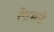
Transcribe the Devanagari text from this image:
रेंगापाली